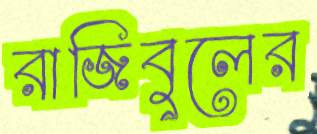
রাজিবুলের